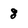
Character: 8